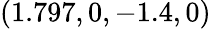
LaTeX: (1.797,0,-1.4,0)